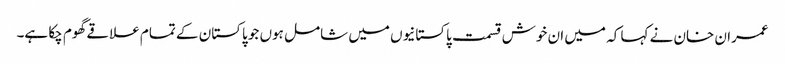
عمران خان نے کہا کہ میں ان خوش قسمت پاکستانیوں میں شامل ہوں جو پاکستان کے تمام علاقے گھوم چکا ہے۔